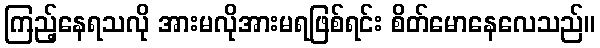
ကြည့်နေရသလို အားမလိုအားမရဖြစ်ရင်း စိတ်မောနေလေသည်။